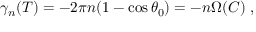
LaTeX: \gamma _ { n } ( T ) = - 2 \pi n ( 1 - \cos \theta _ { 0 } ) = - n \Omega ( C ) \; ,